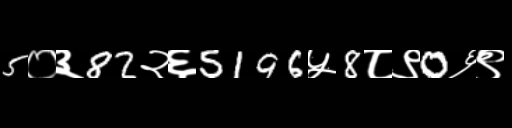
Text: 5०३82२६5196५8८९0६९